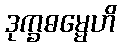
ဒုက္ခဓမ္မေဟိ